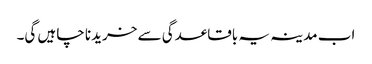
اب مدینہ یہ باقاعدگی سے خریدنا چاہیں گی۔